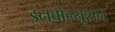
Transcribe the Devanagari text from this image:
इनवोल्यूशन